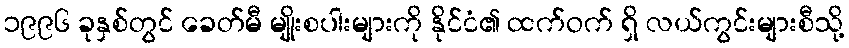
၁၉၉၆ ခုနှစ်တွင် ခေတ်မီ မျိုးစပါးများကို နိုင်ငံ၏ ထက်ဝက် ရှိ လယ်ကွင်းများစီသို့